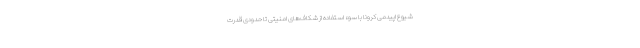
شیوع اپیدمی کرونا با سوء استفاده از شکاف‌های امنیتی تا حدودی قدرت